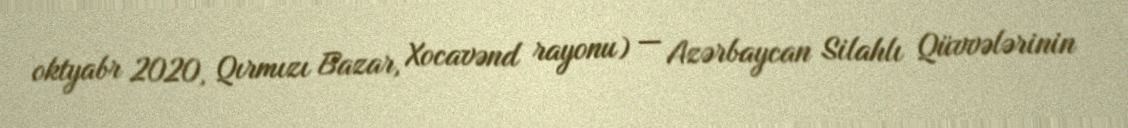
oktyabr 2020, Qırmızı Bazar, Xocavənd rayonu) — Azərbaycan Silahlı Qüvvələrinin